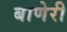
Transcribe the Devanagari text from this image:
बाणेरी